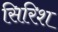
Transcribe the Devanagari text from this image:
सिरिश